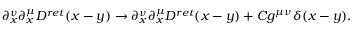
\partial _ { x } ^ { \nu } \partial _ { x } ^ { \mu } D ^ { r e t } ( x - y ) \rightarrow \partial _ { x } ^ { \nu } \partial _ { x } ^ { \mu } D ^ { r e t } ( x - y ) + C g ^ { \mu \nu } \delta ( x - y ) .